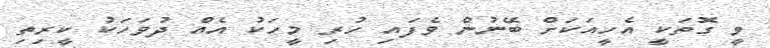
ވީ ގޮތަކީ އެހީއަކަށް ބޭނުން ވެފައި ހުރި މީހަކު އެއް ދުވަހަކު ކީރިތި